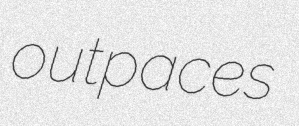
outpaces